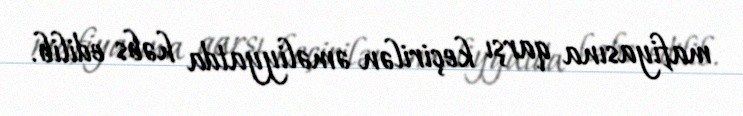
mafiyasına qarşı keçirilən əməliyyatda həbs edilib.